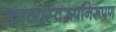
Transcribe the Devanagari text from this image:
काव्यस्वरूपनिरूपण